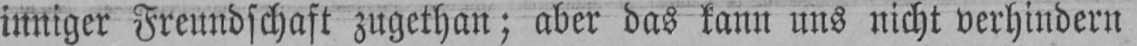
inniger Freundschaft zugethan; aber das kann uns nicht verhindern